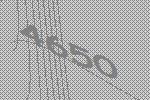
4650